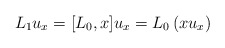
\begin{align*}L_1u_x=[L_0,x]u_x=L_0\left(xu_x\right)\end{align*}